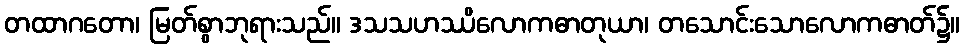
တထာဂတော၊ မြတ်စွာဘုရားသည်။ ဒသသဟဿိလောကဓာတုယာ၊ တသောင်းသောလောကဓာတ်၌။